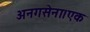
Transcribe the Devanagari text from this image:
अनगसेना।एक